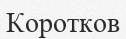
Коротков